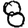
Digit: 8